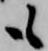
も